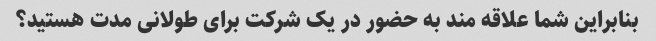
بنابراین شما علاقه مند به حضور در یک شرکت برای طولانی مدت هستید؟